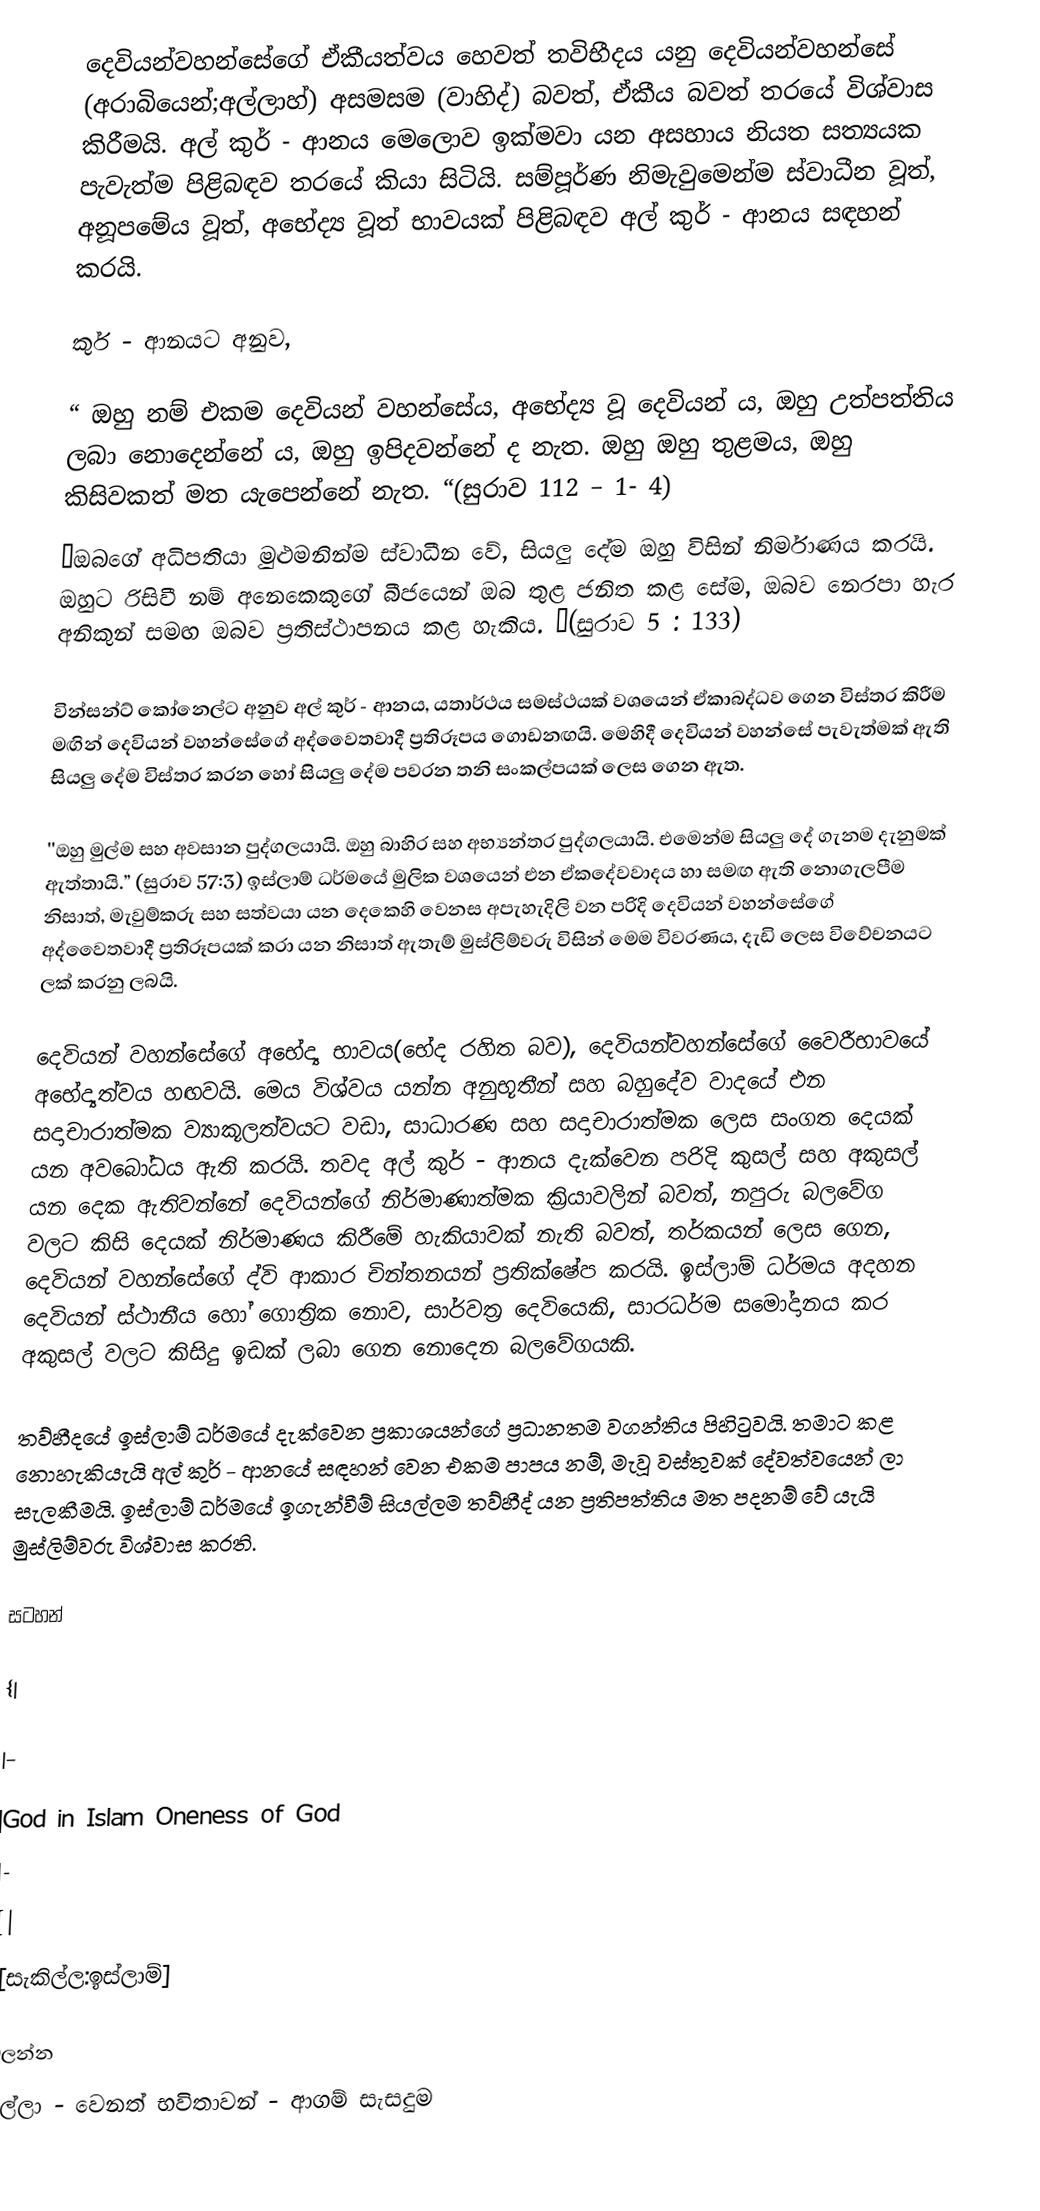
දෙවියන්වහන්සේගේ ඒකීයත්වය හෙවත් තවිභීදය යනු දෙවියන්වහන්සේ (අරාබියෙන්;අල්ලාහ්) අසමසම (වාහිද්) බවත්, ඒකීය බවත් තරයේ විශ්වාස කිරීමයි. අල් කුර් - ආනය මෙලොව ඉක්මවා යන අසහාය නියත සත්‍යයක පැවැත්ම පිළිබඳව තරයේ කියා සිටියි. සම්පූර්ණ නිමැවුමෙන්ම ස්වාධීන වූත්, අනූපමේය වූත්, අභේද්‍ය වූත් භාවයක් පිළිබඳව අල් කුර් - ආනය සඳහන් කරයි.

කුර් - ආනයට අනුව,

“ ඔහු නම් එකම දෙවියන් වහන්සේය, අභේද්‍ය වූ දෙවියන් ය, ඔහු උත්පත්තිය ලබා නොදෙන්නේ ය, ඔහු ඉපිදවන්නේ ද නැත. ඔහු ඔහු තුළමය, ඔහු කිසිවකත් මත යැපෙන්නේ නැත. “(සුරාව 112 – 1- 4)
“ඔබගේ අධිපතියා මුළුමනින්ම ස්වාධීන වේ, සියලු දේම ඔහු විසින් නිර්මාණය කරයි. ඔහුට රිසිවී නම් අනෙකෙකුගේ බීජයෙන් ඔබ තුළ ජනිත කළ සේම, ඔබව නෙරපා හැර අනිකුන් සමඟ ඔබව ප්‍රතිස්ථාපනය කළ හැකිය. “(සුරාව 5 : 133)

වින්සන්ට් කෝනෙල්ට අනුව අල් කුර් - ආනය, යතාර්ථය සමස්ථයක් වශයෙන් ඒකාබද්ධව ගෙන විස්තර කිරීම මඟින් දෙවියන් වහන්සේගේ අද්වෛතවාදී ප්‍රතිරූපය ගොඩනඟයි. මෙහිදී දෙවියන් වහන්සේ  පැවැත්මක් ඇති සියලු දේම විස්තර කරන හෝ සියලු දේම පවරන  තනි සංකල්පයක් ලෙස ගෙන ඇත.

''ඔහු මුල්ම සහ අවසාන පුද්ගලයායි. ඔහු බාහිර සහ අභ්‍යන්තර පුද්ගලයායි. එමෙන්ම සියලු දේ ගැනම දැනුමක් ඇත්තායි.” (සුරාව 57:3) ඉස්ලාම් ධර්මයේ මුලික වශයෙන්  එන ඒකදේවවාදය හා සමඟ ඇති නොගැලපීම නිසාත්, මැවුම්කරු සහ සත්වයා යන දෙකෙහි  වෙනස අපැහැදිලි වන පරිදි දෙවියන් වහන්සේගේ අද්වෛතවාදී ප්‍රතිරූපයක් කරා යන නිසාත් ඇතැම් මුස්ලිම්වරු විසින් මෙම විවරණය, දැඩි ලෙස විවේචනයට ලක් කරනු ලබයි.

දෙවියන් වහන්සේගේ අභේද්‍ය භාවය(භේද රහිත බව), දෙවියන්වහන්සේගේ වෛරීභාවයේ අභේද්‍යත්වය හඟවයි. මෙය විශ්වය යන්න අනුභූතීන් සහ බහුදේව වාදයේ එන සදාචාරාත්මක ව්‍යාකූලත්වයට වඩා, සාධාරණ සහ සදාචාරාත්මක ලෙස සංගත දෙයක් යන අවබෝධය ඇති කරයි. තවද අල් කුර් - ආනය දැක්වෙන පරිදි කුසල් සහ අකුසල් යන දෙක ඇතිවන්නේ දෙවියන්ගේ නිර්මාණාත්මක ක්‍රියාවලින් බවත්, නපුරු බලවේග වලට කිසි දෙයක් නිර්මාණය කිරීමේ හැකියාවක් නැති බවත්, තර්කයන් ලෙස ගෙන, දෙවියන් වහන්සේගේ ‍ද්වි ආකාර චින්තනයන් ප්‍රතික්ෂේප කරයි. ඉස්ලාම් ධර්මය අදහන දෙවියන් ස්ථානීය ‍හෝ ගොත්‍රික නොව, සාර්වත්‍ර දෙවියෙකි, සාරධර්ම සමෝදානය කර අකුසල් වලට  කිසිදු ඉඩක් ලබා ගෙන නොදෙන බලවේගයකි.

තව්හීදයේ ඉස්ලාම් ධර්මයේ දැක්වෙන ප්‍රකාශයන්ගේ ප්‍රධානතම  වගන්තිය පිහිටුවයි.  තමාට කළ නොහැකියැයි අල් කුර් - ආනයේ සඳහන් වෙන එකම පාපය නම්, මැවූ වස්තුවක් දේවත්වයෙන් ලා සැලකීමයි. ඉස්ලාම් ධර්මයේ ඉගැන්වීම් සියල්ලම තව්හීද් යන ප්‍රතිපත්තිය මත පදනම් වේ යැයි මුස්ලිම්වරු විශ්වාස කරති.

සටහන්

{|

|-

|God in Islam Oneness of God
|-
{|
[[සැකිල්ල:ඉස්ලාම්]

බලන්න
 අල්ලා - වෙනත් භවිතාවන් - ආගම් සැසදුම